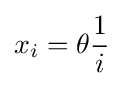
x_{i}=\theta {\frac {1}{i}}